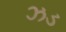
ઝડ